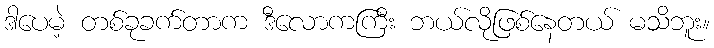
ဒါပေမဲ့ တစ်ခုခက်တာက ဒီလောကကြီး ဘယ်လိုဖြစ်နေတယ် မသိဘူး။